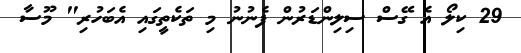
29 ކިލޯ އެ ގޭސް ސިލިންޑަރުން ފެނުނު މި ތަކެތީގައި އެބަހުރި" މޫސާ